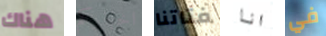
هناك اخباركم فتاتنا انا في